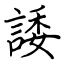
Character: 諉